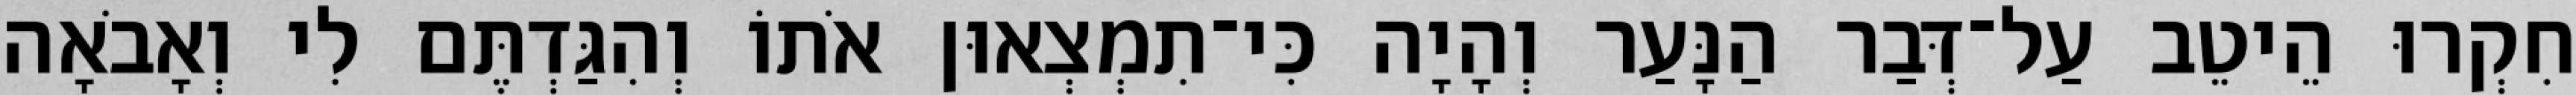
חִקְרוּ הֵיטֵב עַל־דְּבַר הַנָּעַר וְהָיָה כִּי־תִמְצְאוּן אֹתוֹ וְהִגַּדְתֶּם לִי וְאָבֹאָה